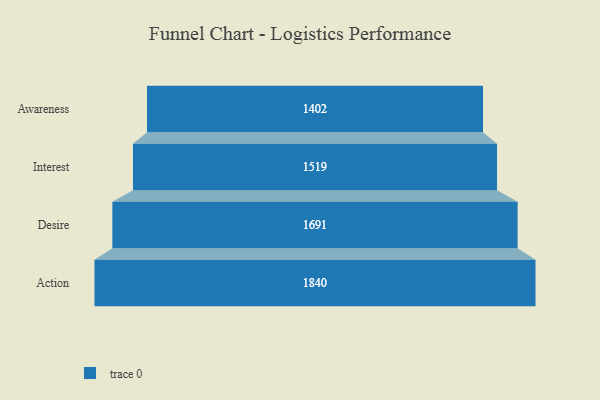
{"axis": {"x": "Stage", "y": "Value"}, "legend": [""], "data": [{"x": "Awareness", "y": 1402.0, "type": ""}, {"x": "Interest", "y": 1519.0, "type": ""}, {"x": "Desire", "y": 1691.0, "type": ""}, {"x": "Action", "y": 1840.0, "type": ""}]}